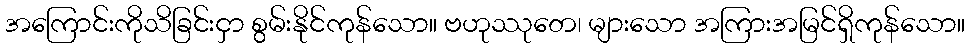
အကြောင်းကိုသိခြင်းငှာ စွမ်းနိုင်ကုန်သော။ ဗဟုဿုတေ၊ များသော အကြားအမြင်ရှိကုန်သော။